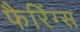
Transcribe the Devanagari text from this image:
फैरिंग्स